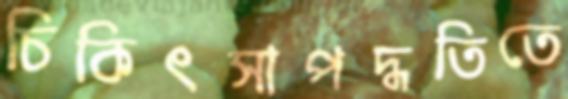
চিকিৎসাপদ্ধতিতে